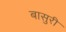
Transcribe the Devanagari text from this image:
बासुरी